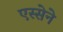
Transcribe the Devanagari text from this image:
एस्सेने